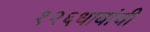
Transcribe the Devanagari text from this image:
१२६धावांची